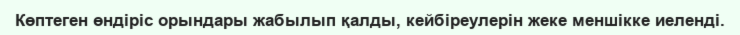
Көптеген өндіріс орындары жабылып қалды, кейбіреулерін жеке меншікке иеленді.